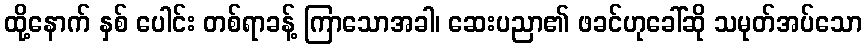
ထို့နောက် နှစ် ပေါင်း တစ်ရာခန့် ကြာသောအခါ၊ ဆေးပညာ၏ ဖခင်ဟုခေါ်ဆို သမုတ်အပ်သော